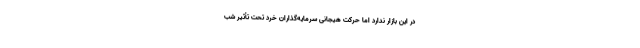
در این بازار ندارد اما حرکت هیجانی سرمایه‌گذاران خرد تحت تأثیر شب